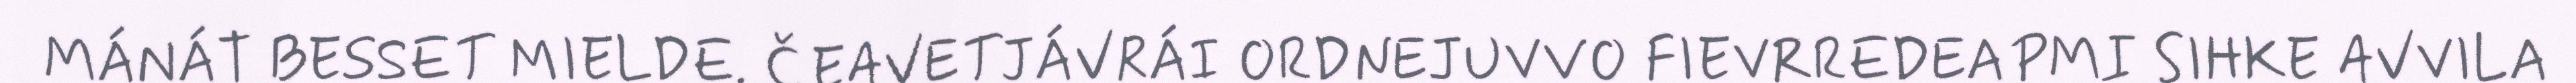
MÁNÁT BESSET MIELDE. ČEAVETJÁVRÁI ORDNEJUVVO FIEVRREDEAPMI SIHKE AVVILA